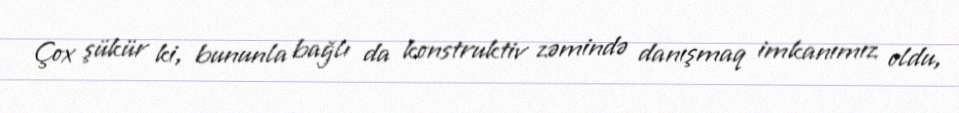
Çox şükür ki, bununla bağlı da konstruktiv zəmində danışmaq imkanımız oldu,